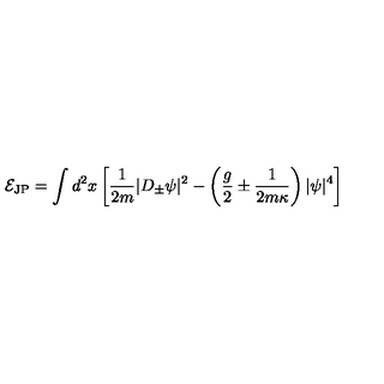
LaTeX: { \cal E } _ { \mathrm { J P } } = \int d ^ { 2 } x \left[ \frac { 1 } { 2 m } | D _ { \pm } \psi | ^ { 2 } - \left( \frac { g } { 2 } \pm \frac { 1 } { 2 m \kappa } \right) | \psi | ^ { 4 } \right]